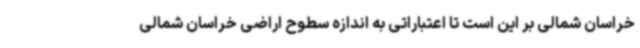
خراسان شمالی بر این است تا اعتباراتی به اندازه سطوح اراضی خراسان شمالی